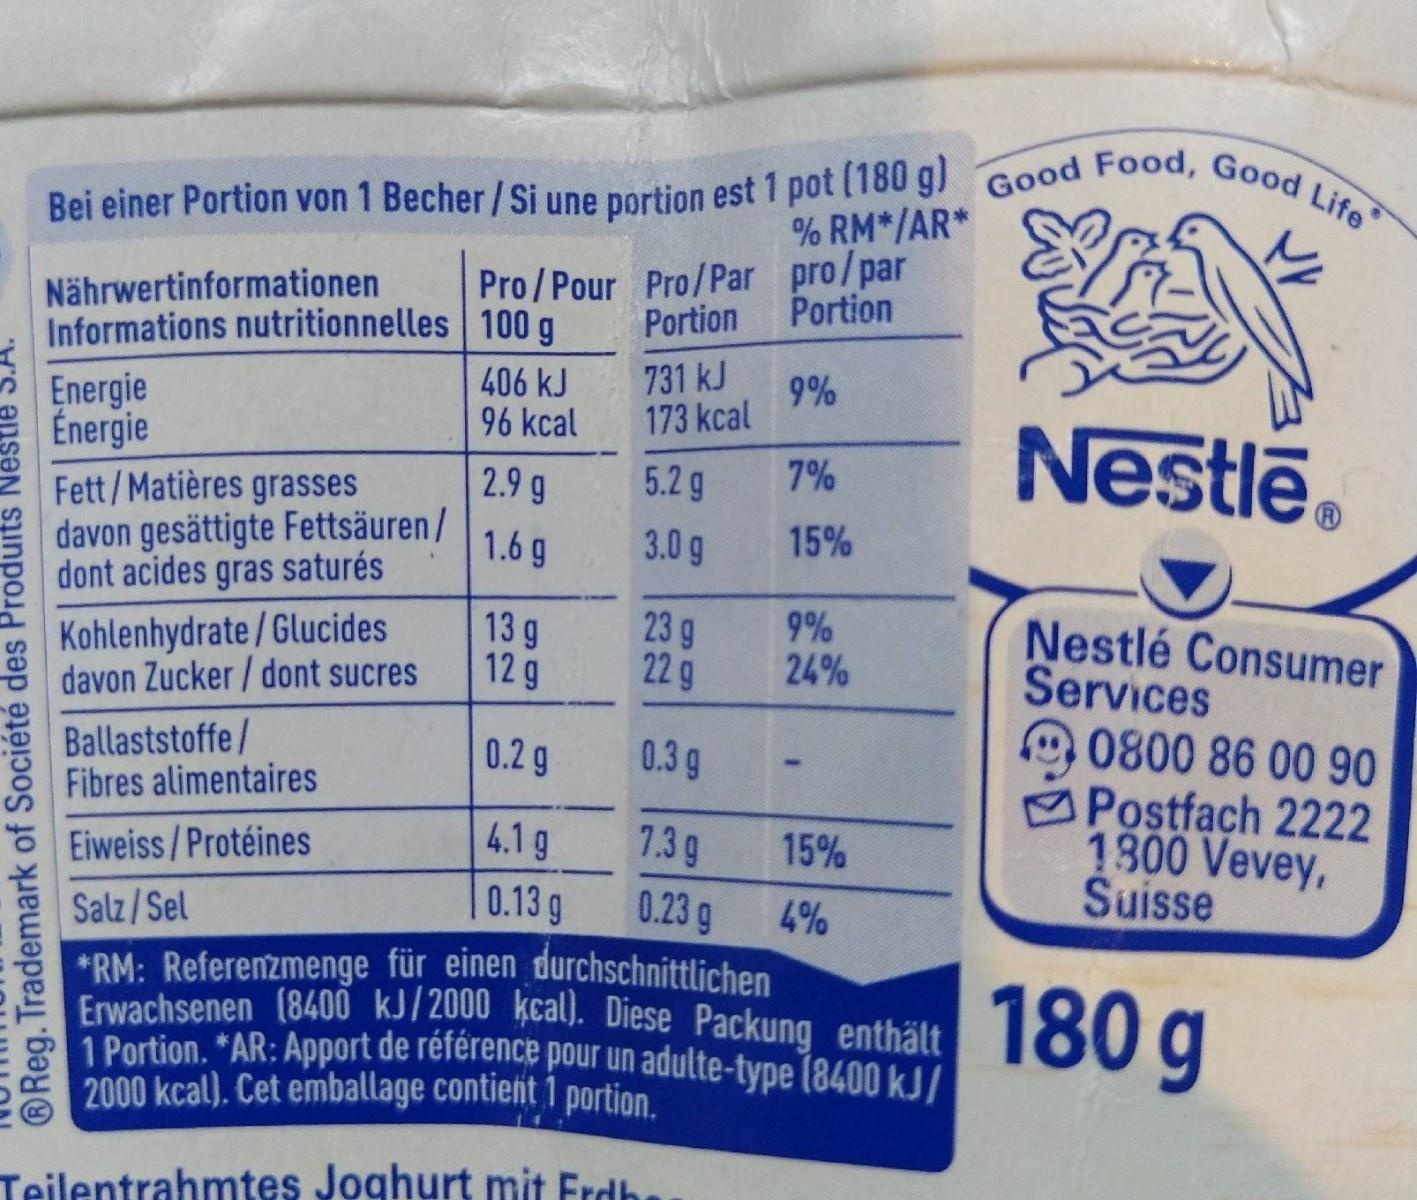
Good Food, Good Life Bei einer Portion von 1 Becher/Si une portion est 1 pot (180 gl % RM*/AR* Pro/Pour Pro/Par pro/par Portion Nährwertinformationen Informations nutritionnelles Portion 100g 731 kJ 406 kJ 96 kcal 9% Energie Énergie Nestle 173 kcal 7% 5.2 g 2.9g Fett/Matières grasses davon gesättigte Fettsäuren/ dont acides gras saturés 15% 3.0 g 1.6 g Nestle Consumer Services B0800 86 00 90 Postfach 2222 1800 Vevey, Suisse 9% 24% 23 g 22 9 13 g 12 g Kohlenhydrate/Glucides davon Zucker/dont sucres Ballaststoffe/ Fibres alimentaires 0.3 g 0.2 g 7.3g 4.1 g 15% Eiweiss/Protéines 0.13 g 0.23 g 4% Salz/Sel *RM: Referenzmenge für einen durchschnittlichen Erwachsenen (8400 kJ/2000 kcal. Diese Packung enthält 1 Portion. *AR: Apport de reference pour un adulte-type (8400KJ/ 2000 kcal). Cet emballage contient 1 portion 180 g Teilentrahmtes Joghurt mit Erdh ®Reg. Trademark of Société des Produrts నజి